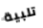
تلبية